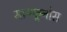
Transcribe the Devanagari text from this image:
मायकूनोस